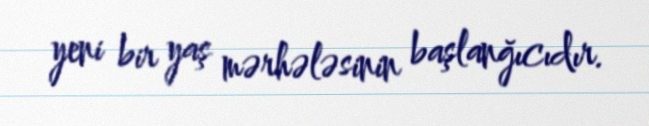
yeni bir yaş mərhələsinin başlanğıcıdır.